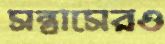
সন্ত্রাসেরও